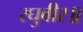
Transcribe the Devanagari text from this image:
रघुबीर॥